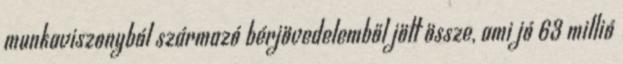
munkaviszonyból származó bérjövedelemből jött össze, ami jó 63 millió